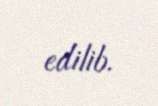
edilib.